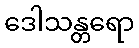
ဒေါသန္တရော